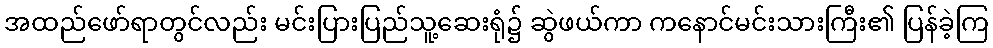
အထည်ဖော်ရာတွင်လည်း မင်းပြားပြည်သူ့ဆေးရုံ၌ ဆွဲဖယ်ကာ ကနောင်မင်းသားကြီး၏ ပြန်ခဲ့ကြ